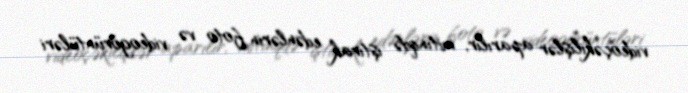
videoçəkilişlər aparılır, mitinqdə iştirak edənlərin foto və videogörüntüləri